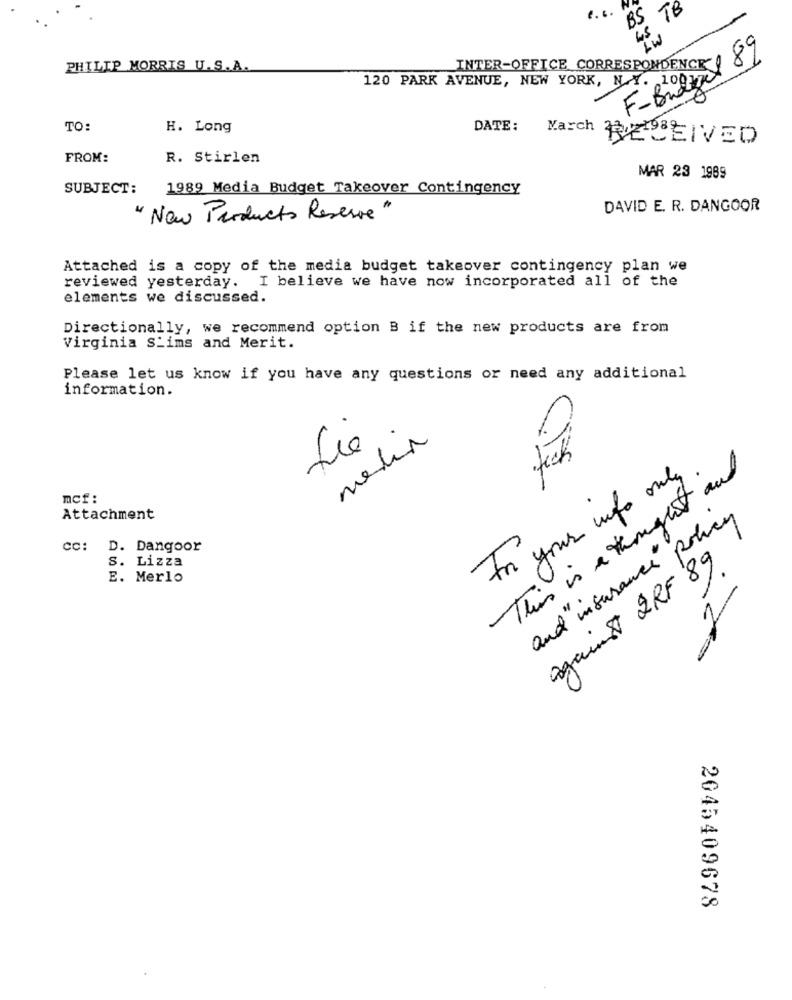
TB
INTER-OFFICE CORRESPONDENCE 0 87
PHILIP MORRIS U.S.A.
120 PARK AVENUE, NEW YORK, N.Y. 10917
F-Budy
TO:
H. Long
DATE:
March RECEIVED
FROM:
R. Stirlen
MAR 23 1989
SUBJECT:
1989 Media Budget Takeover Contingency
DAVID E. R. DANGOOR
"Now Products Reserve"
Attached is a copy of the media budget takeover contingency plan we
reviewed yesterday.
I believe we have now incorporated all of the
elements we discussed.
Directionally, we recommend option B if the new products are from
Virginia S_ims and Merit.
Please let us know if you have any questions or need any additional
information.
fie
teck
This is a thought and
For your info only
mcf:
Attachment
and insurance policy
cc: D. Dangoor
S. Lizza
against 2RF 89
E. Merlo
2
2045409678